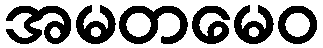
အမတမေဝ